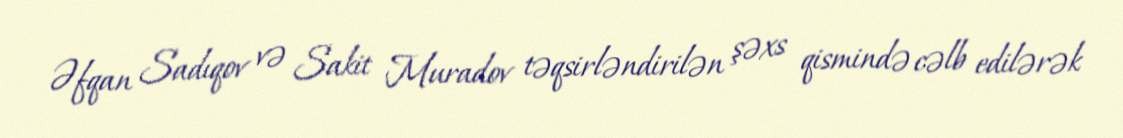
Əfqan Sadıqov və Sakit Muradov təqsirləndirilən şəxs qismində cəlb edilərək